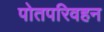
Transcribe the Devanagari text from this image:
पोतपरिवहन